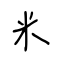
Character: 米